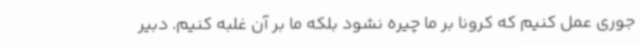
جوری عمل کنیم که کرونا بر ما چیره نشود بلکه ما بر آن غلبه کنیم. دبیر